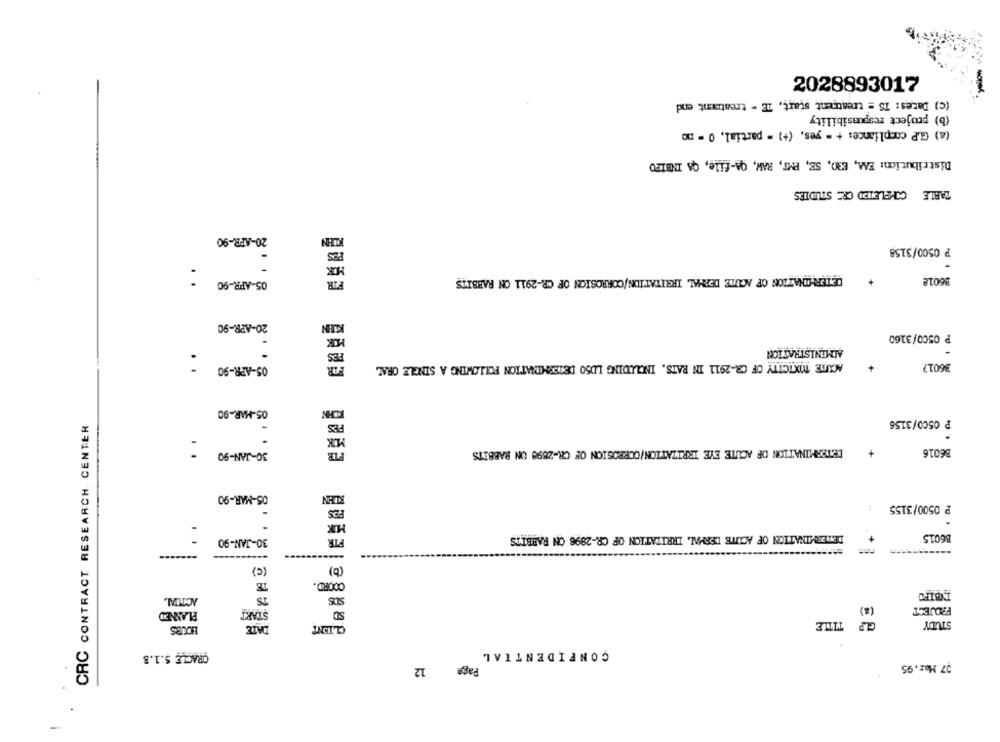
yellow
2028893017
(c) Dates: IS = treatment start, TE - treatment end
(b) project responsibility
(a) G.P compliance: + = yes, (+) = partial, 0 = no
Distribution: EAA, E3), SE, PMT, RAW, QA-file, QA INBIED
TABLE COMPLETDI CRE STUDIES
20-APR-90
KLEN
FES
P 0500/3158
05-APR-90
FIR
DETERMINATION OF ACUTE DERMAL IRRITATION/CORROSION OF CR-2911 ON RABBITS
B6018
.
20-APR-90
KIN
P 05CO/3160
FES
ADMINISTRATION
:
ACUTE MXICITY OF CR-2911 IN RATS, INCLUDING LDSO DETERMINATION FOLLOWING A SINGLE ORAL
36017
05-APR-90
05-MAR-90
PES
P 0500/3156
CRC CONTRACT RESEARCH CENTER
30-JAN-90
DETERMINATION OF ACUTE EYE IRRITATION/CORROSION OF CH-2698 UN RABBITS
+
36016
05-MAR-90
₱ 0500/3155
PES
MIK
-
30-JAN-90
FIR
DETERMINATION OF ACUTE DERMAL IRRITATION OF CR-2896 ON RABBITS
B6015
(C)
(b)
COORD.
INBIFO
ACTUAL
SUS
PROJECT
PLANNED
START
TITLE
STUDY
HOURS
DATE
CONFIDENTIAL
ORACLE S.1.B
12
Page
37 Mar.95